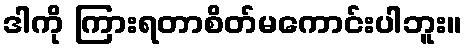
ဒါကို ကြားရတာစိတ်မကောင်းပါဘူး။